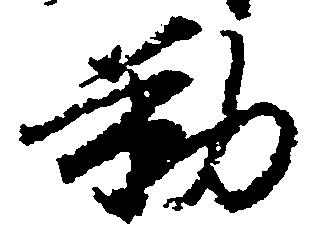
勤